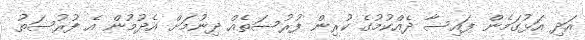
އަދި އަޅުގަމެން ފައިސާ ދެއްކުމުގެ ކުރިން ފުރުސަތެއް ދިނުމަށް އެދުމުން އެ ފުރުސަތު